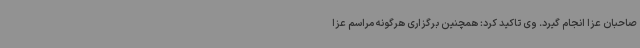
صاحبان عزا انجام گیرد. وی تاکید کرد: همچنین برگزاری هرگونه مراسم عزا